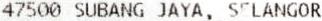
47500 SUBANG JAYA, SELANGOR